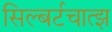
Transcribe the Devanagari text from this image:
सिल्बर्टचात्झ